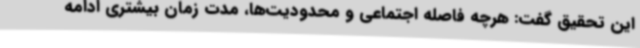
این تحقیق گفت: هرچه فاصله اجتماعی و محدودیت‌ها، مدت زمان بیشتری ادامه